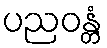
ပညဝန္တံ